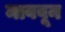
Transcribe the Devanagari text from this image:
माववून